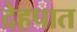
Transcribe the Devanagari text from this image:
देहपात